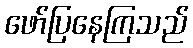
ဖော်ပြနေကြသည်